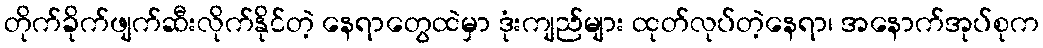
တိုက်ခိုက်ဖျက်ဆီးလိုက်နိုင်တဲ့ နေရာတွေထဲမှာ ဒုံးကျည်များ ထုတ်လုပ်တဲ့နေရာ၊ အနောက်အုပ်စုက